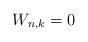
LaTeX: \begin{align*}W_{n,k} = 0\end{align*}